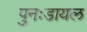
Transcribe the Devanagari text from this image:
पुनःडायल